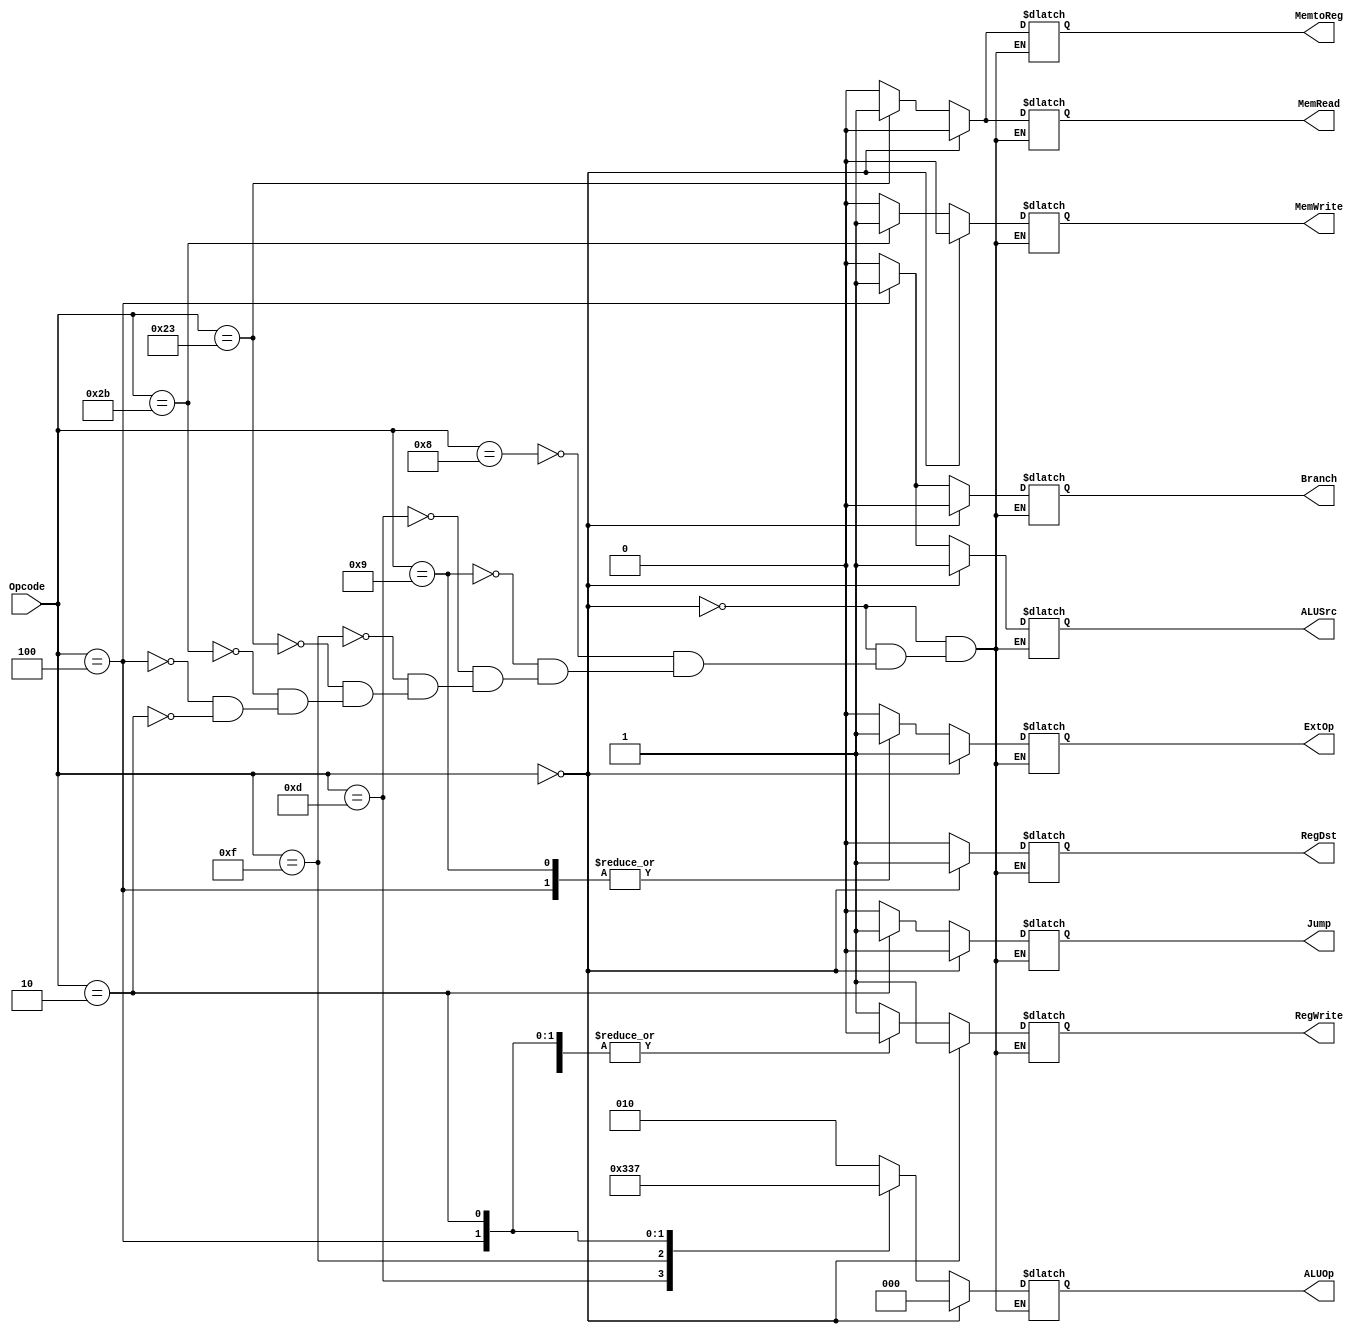
`define SIGNAL {RegDst, Jump, Branch, MemRead, MemtoReg, ALUOp, MemWrite, ALUSrc, RegWrite, ExtOp}

module ctrl (Opcode, RegDst, Jump, Branch, MemRead, MemtoReg, ALUOp, MemWrite, ALUSrc, RegWrite, ExtOp);
    
    input [31:26] Opcode;

    output reg                  RegDst;    
    output reg                  Jump;      
    output reg                  Branch;    
    output reg                  MemRead;   
    output reg                  MemtoReg;  
    output reg [2:0]  ALUOp;
    output reg                  MemWrite;  
    output reg                  ALUSrc;  
    output reg                  RegWrite;  
    output reg                  ExtOp;   

    always @(*) begin
        if(Opcode == 6'b000000)
            `SIGNAL = {1'b1, 1'b0, 1'b0, 1'b0, 1'b0, 3'b000, 1'b0, 1'b1, 1'b1, 1'b1};
        else
            case(Opcode)
                6'b001000: `SIGNAL = {1'b0, 1'b0, 1'b0, 1'b0, 1'b0, 3'b010, 1'b0, 1'b0, 1'b1, 1'b0}; //ADDIU
                6'b001001: `SIGNAL = {1'b0, 1'b0, 1'b0, 1'b0, 1'b0, 3'b010, 1'b0, 1'b0, 1'b1, 1'b1}; //ADDI
                6'b001101: `SIGNAL = {1'b0, 1'b0, 1'b0, 1'b0, 1'b0, 3'b001, 1'b0, 1'b0, 1'b1, 1'b0}; //ORI
                6'b001111: `SIGNAL = {1'b0, 1'b0, 1'b0, 1'b0, 1'b0, 3'b100, 1'b0, 1'b0, 1'b1, 1'b0}; //LUI
                6'b100011: `SIGNAL = {1'b0, 1'b0, 1'b0, 1'b1, 1'b1, 3'b010, 1'b0, 1'b0, 1'b1, 1'b0}; //LW
                6'b101011: `SIGNAL = {1'b0, 1'b0, 1'b0, 1'b0, 1'b0, 3'b010, 1'b1, 1'b0, 1'b0, 1'b0}; //SW
                6'b000100: `SIGNAL = {1'b0, 1'b0, 1'b1, 1'b0, 1'b0, 3'b110, 1'b0, 1'b1, 1'b0, 1'b1}; //BEQ
                6'b000010: `SIGNAL = {1'b0, 1'b1, 1'b0, 1'b0, 1'b0, 3'b111, 1'b0, 1'b0, 1'b0, 1'b0}; //J
            endcase
    end

    // initial
    //     begin
    //       $display("ctrl");
    //     end
endmodule //ctrl